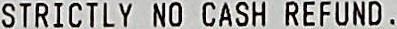
STRICTLY NO CASH REFUND .